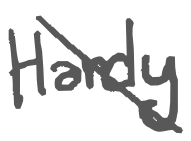
Text: Hardy
Cross-out: mix
Writing tool: digital_gray